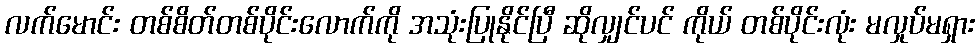
လက်မောင်း တစ်စိတ်တစ်ပိုင်းလောက်ကို အသုံးပြုနိုင်ပြီ ဆိုလျှင်ပင် ကိုယ် တစ်ပိုင်းလုံး မလှုပ်မရှား